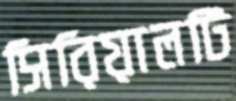
সিরিয়ালটি